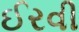
ઈરવી